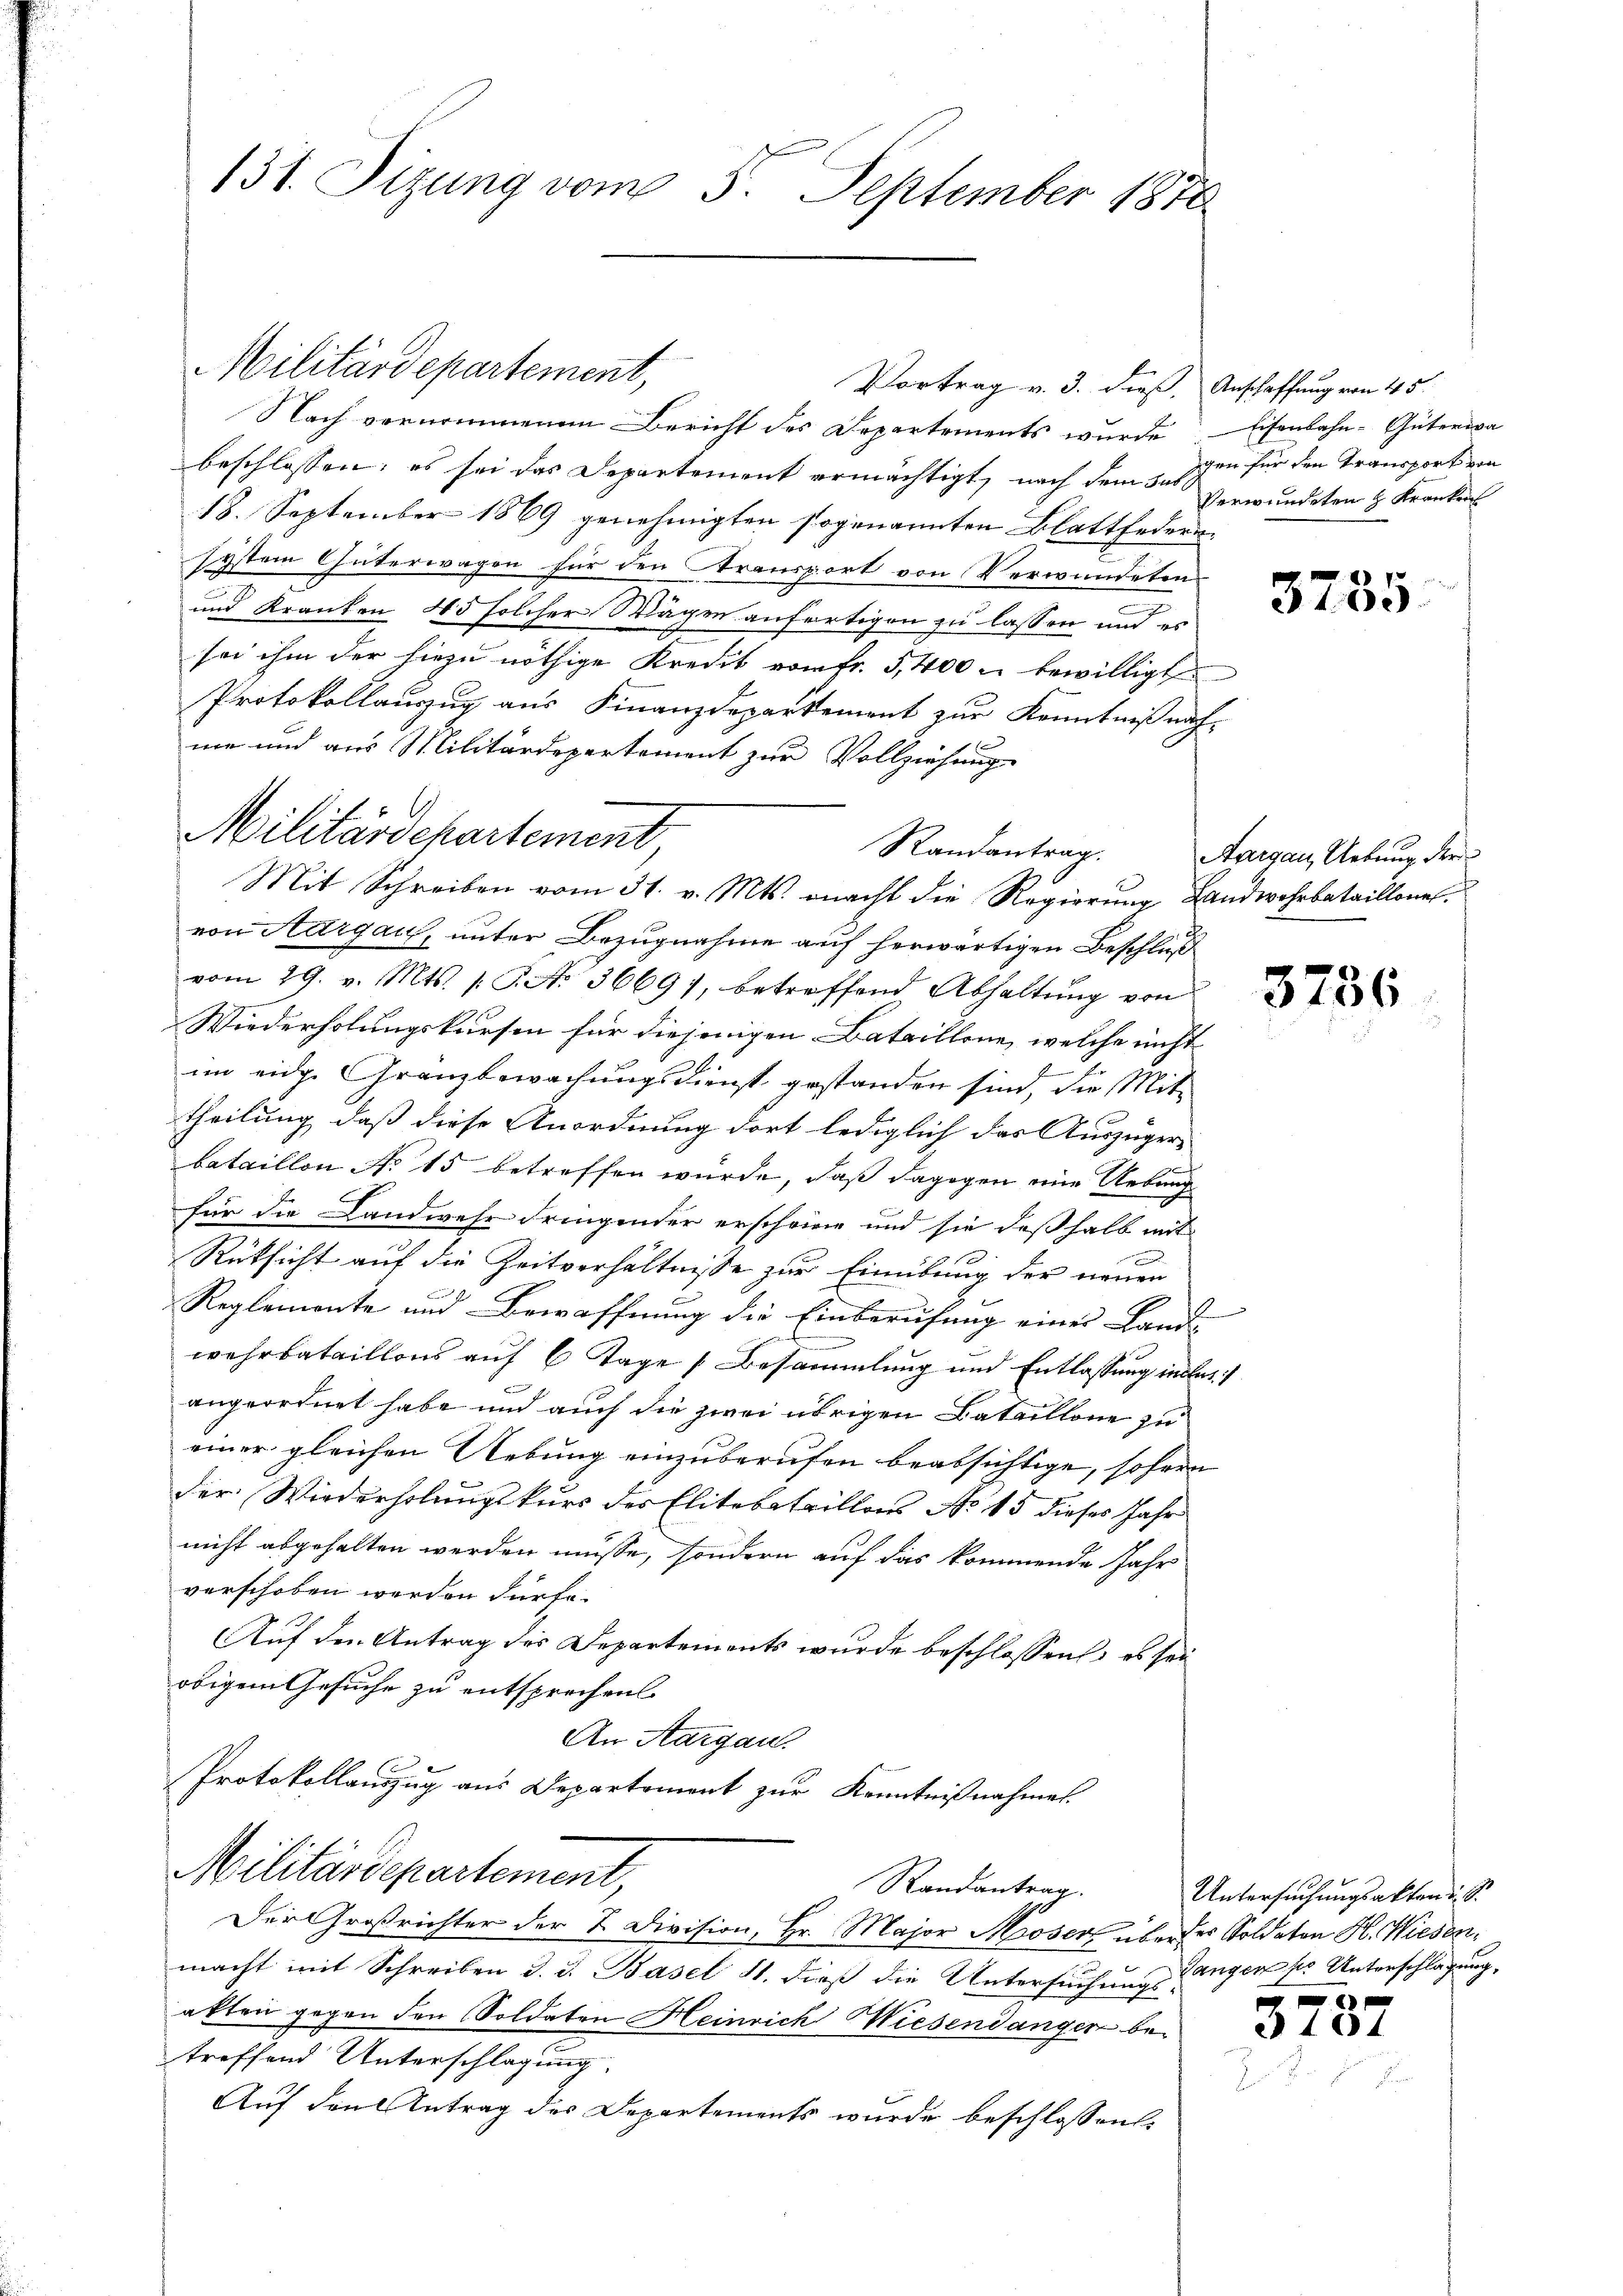
131. Sizung vom 5. September 1870

MMilitärdepartement,

Vortrag v. 3. dieß. Anschaffung von 45.
Nach vernommenen Bericht des Departements wurde Eisenbahn-Güterwa
beschlossen: es sei das Departement ermächtigt, nach dem 5. Segen für den Transport von
18. September 1869 genehmigten sogenannten Blattfedersystem Güterwagen für den Transport von Verwundeten
und Kranken 45 solcher Wagen anfertigen zu lassen und es
sei ihm der hiezu nöthige Kredit vom Fr. 5,400 u bewilligt
Protokollauszug aus Finanzdepartement zur Kenntniß nach-

me und aus Militärdepartement zur Vollziehung
Randantrag.
von Aargau, unter Bezugnahme auf herwärtigen Beschluß
vom 29. v. Mts. 1. No 3669), betreffend Abhaltung von
Wiederholungskursen für diejenigen Bataillone, welche nicht
im eidg. Gränzbewachungsdienst gestanden sind, die Mit-
theilung, daß diese Anordnung dort lediglich das Auszüger- |
bataillon No 15 betreffen würde, daß dagegen eine Uebung
für die Landwese dringender erscheine und sie deßhalb mit

Rüksicht auf die Zeitverhältnisse zur Einübung der neuen

Reglemente und Bewaffnung die Einberufung einer Land- |
wehrbataillons auf 6 Tage (Besammlung und Entlassung in las
angeordnet habe und auch die zwei übrigen Bataillone zu
einer gleichen Uebung einzuberufen beabsichtige, sofern
der Wiederholungskurs des Elitebataillons No 15 dieses Jahr
nicht abgehalten werden müsse, sondern auf das kommende Jahr
verschoben werden dürfe.
Auf den Antrag des Departements wurde beschlossen, es sei
obigem Gesuche zu entsprechen.
An Aargau.
Protokollauszug aus Departement zur Kenntnißnahmen.
Militärdepartement,
Randantrag.
Der Großrichter der 2. Division, Hr. Major Moser über der Soldaten H. Wiesenmacht mit Schreiben d. d. Basel 11. dieß die Untersuchungs-
akten gegen den Soldaten Heinrich Wiesendangen betreffend Unterschlagung.
Auf den Antrag des Departements wurde beschlossen

Militärdepartement
Mit Schreiben vom 31. v. Mts. macht die Regierung Landwehrbataillone.

Verwundeten & Kranker

3755

Aargau, Uebung der

3736

Untersuchungsakten d. d.
Gangen der Unterschlagung,
e

104